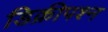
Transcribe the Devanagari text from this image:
डिक्रीपश्न